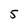
Character: 5